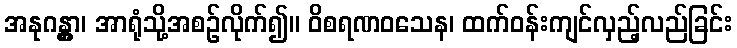
အနုဂန္တွာ၊ အာရုံသို့အစဉ်လိုက်၍။ ဝိစရဏဝသေန၊ ထက်ဝန်းကျင်လှည့်လည်ခြင်း